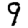
Digit: 9